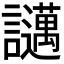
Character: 𧮇